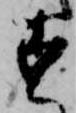
す